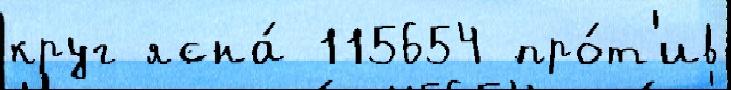
круг ясна́ 115654 про́т'ив